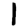
Digit: 1